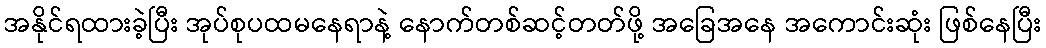
အနိုင်ရထားခဲ့ပြီး အုပ်စုပထမနေရာနဲ့ နောက်တစ်ဆင့်တတ်ဖို့ အခြေအနေ အကောင်းဆုံး ဖြစ်နေပြီး